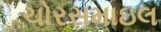
ચોરસમાઇલ